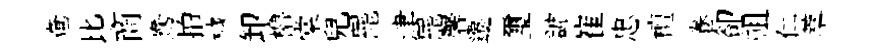
奄比商鴦拍穢卸櫓棠兒罷津罷馨遷璽謔崔忠檀卷卻祖仁萃